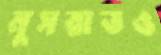
নুসরাতও